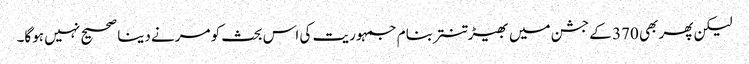
لیکن پھر بھی 370 کے جشن میں بھیڑ تنتر بنام جمہوریت کی اس بحث کو مرنے دینا صحیح نہیں ہوگا۔